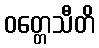
ဝတ္တေသီတိ